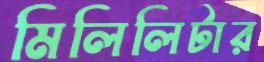
মিলিলিটার